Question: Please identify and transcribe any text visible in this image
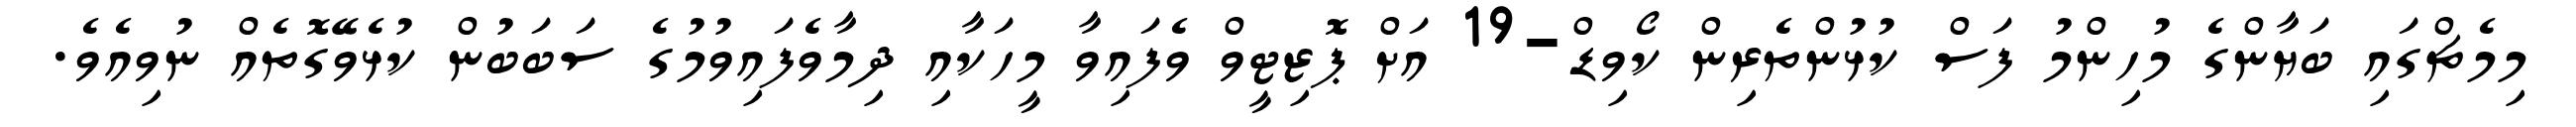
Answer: މިމެޗްގައި ބަޔާންގެ މުހިންމު ފަސް ކުޅުންތެރިން ކޯވިޑް-19 އަށް ޕޮޒިޓީވް ވެފައިވާ މީހަކާއި ދިމާވެފައިވުމުގެ ސަބަބުން ކުޅެވޭގޮތެއް ނުވިއެވެ.